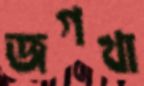
জগখা